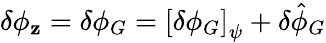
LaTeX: \delta\phi_{\mathbf{z}}=\delta\phi_{G}=\left[\delta\phi_{G}\right]_{\psi}+\delta\hat{{\phi}}_{G}